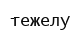
тежелу